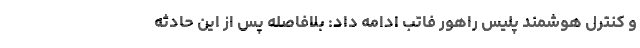
و کنترل هوشمند پلیس راهور فاتب ادامه داد: بلافاصله پس از این حادثه